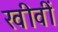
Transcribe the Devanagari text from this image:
खीवीं